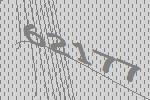
62177